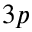
3 p